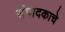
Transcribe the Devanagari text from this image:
संपादकाचे